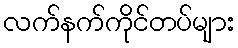
လက်နက်ကိုင်တပ်များ